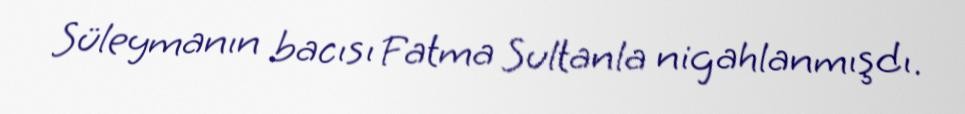
Süleymanın bacısı Fatma Sultanla nigahlanmışdı.